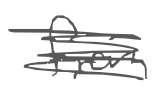
Text: from
Cross-out: scratch
Writing tool: digital_gray